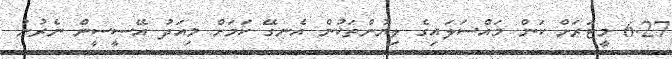
6.27 މީޓަރަށް ކަން މައްސަލައިގެ ލިޔުންތަކުން އެނގޭ ކަމަށް މިއަދު އޭސީސީން ނެރުނު